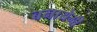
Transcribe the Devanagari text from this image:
बनायेगी